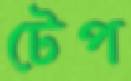
টেপ